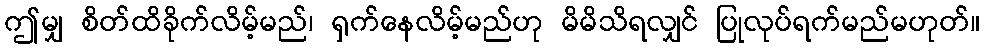
ဤမျှ စိတ်ထိခိုက်လိမ့်မည်၊ ရှက်နေလိမ့်မည်ဟု မိမိသိရလျှင် ပြုလုပ်ရက်မည်မဟုတ်။